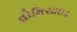
હોમિસાઇડ